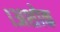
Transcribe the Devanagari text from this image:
।अशोक